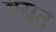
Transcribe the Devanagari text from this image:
बयत